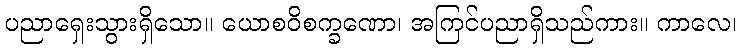
ပညာရှေးသွားရှိသော။ ယောစဝိစက္ခဏော၊ အကြင်ပညာရှိသည်ကား။ ကာလေ၊